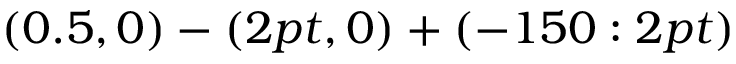
( 0 . 5 , 0 ) - ( 2 p t , 0 ) + ( - 1 5 0 : 2 p t )